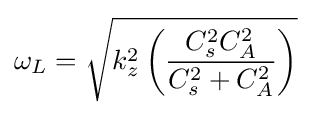
\omega _{L}={\sqrt {k_{z}^{2}\left({\frac {C_{s}^{2}C_{A}^{2}}{C_{s}^{2}+C_{A}^{2}}}\right)}}